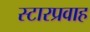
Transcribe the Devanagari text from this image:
स्टारप्रवाह